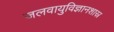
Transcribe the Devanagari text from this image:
जलवायुविज्ञानशास्र